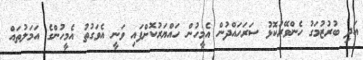
އަދި ބުރުޒުމަގު ހެންވޭރުކޮޅު ސަރަހައްދުން އެމީހުން ހައްޔަރުކޮށްފައި ވަނީ އެވަގުތު އެމީހުންގެ އަމަލުތައް